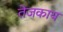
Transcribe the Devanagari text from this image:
तेजकाय